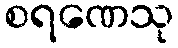
စရဏေသု